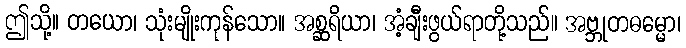
ဤသို့။ တယော၊ သုံးမျိုးကုန်သော။ အစ္ဆရိယာ၊ အံ့ချီးဖွယ်ရာတို့သည်။ အဗ္ဘုတဓမ္မော၊